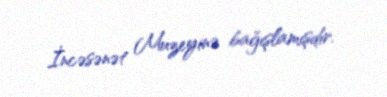
İncəsənət Muzeyinə bağışlamışdır.